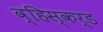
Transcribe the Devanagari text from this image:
व्हिस्कर्ड